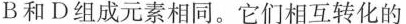
B和D组成元素相同。它们相互转化的